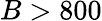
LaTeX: B>800